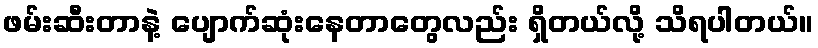
ဖမ်းဆီးတာနဲ့ ပျောက်ဆုံးနေတာတွေလည်း ရှိတယ်လို့ သိရပါတယ်။